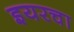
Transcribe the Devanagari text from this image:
इयरचा